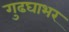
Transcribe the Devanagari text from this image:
गुढघाभर